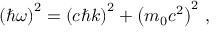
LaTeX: \left( \hbar \omega \right) ^ { 2 } = \left( c \hbar k \right) ^ { 2 } + \left( m _ { 0 } c ^ { 2 } \right) ^ { 2 } \, ,